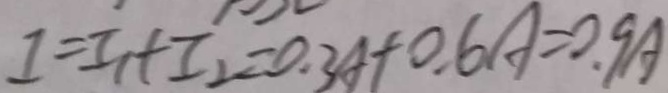
I = I _ { 1 } + I _ { 2 } = 0 . 3 A + 0 . 6 A = 0 . 9 A